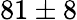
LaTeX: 81\pm 8